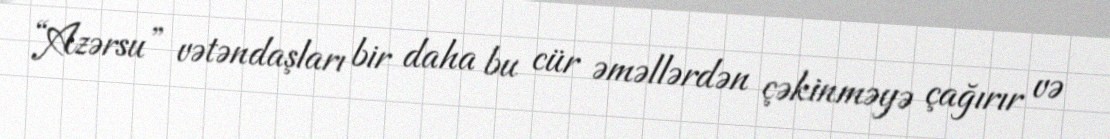
“Azərsu” vətəndaşları bir daha bu cür əməllərdən çəkinməyə çağırır və